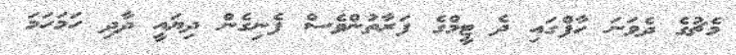
މެޗުގެ ދެވަނަ ހާފްގައި ދެ ޓީމްގެ ފަރާތުންވެސް ފެނިގެން ދިޔައީ ދާދި ހަމަހަމަ